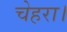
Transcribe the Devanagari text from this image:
चेहरा।